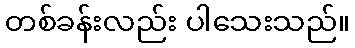
တစ်ခန်းလည်း ပါသေးသည်။